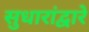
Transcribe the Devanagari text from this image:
सुधारांद्वारे